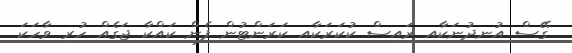
ގޭސް އުނދުނަކާއި ރައިސް ކުކަރަކާއި ކަރަންޓުން ފެން ކައްކާ ޖަގެއް ހުރި ވާހަކަ